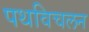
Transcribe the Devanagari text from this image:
पथविचलन